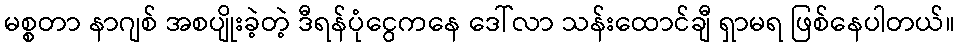
မစ္စတာ နာဂျစ် အစပျိုးခဲ့တဲ့ ဒီရန်ပုံငွေကနေ ဒေါ်လာ သန်းထောင်ချီ ရှာမရ ဖြစ်နေပါတယ်။